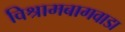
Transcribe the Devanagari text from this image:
विश्रामबागवाडा